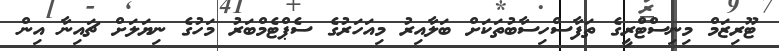
ޓޫރިޒަމް މިނިސްޓްރީގެ ތަފާސްހިސާބުތަކަށް ބަލާއިރު މިއަހަރުގެ ސެޕްޓެމްބަރު މަހުގެ ނިޔަލަށް ޗައިނާ އިން